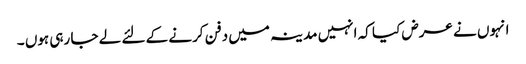
انہوں نے عرض کیا کہ انہیں مدینہ میں دفن کرنے کے لئے لے جا رہی ہوں ۔